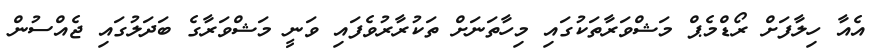
އެއާ ހިލާފަށް ރޯޑްމެޕް މަޝްވަރާތަކުގައި މިހާތަނަށް ތަކުރާރުވެފައި ވަނީ މަޝްވަރާގެ ބަދަލުގައި ޖެއްސުން